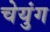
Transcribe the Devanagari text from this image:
चेयुंग